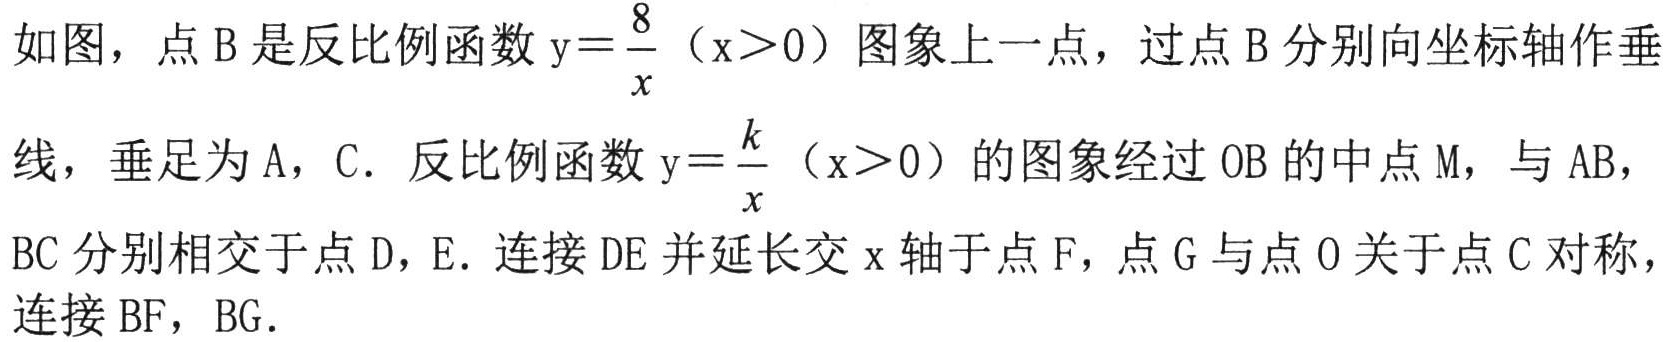
如图，点\(B\)是反比例函数\(y = \frac{8}{x}(x>0)\)图象上一点，过点\(B\)分别向坐标轴作垂
线，垂足为\(A\)，\(C\). 反比例函数\(y = \frac{k}{x}(x>0)\)的图象经过\(OB\)的中点\(M\)，与\(AB\)，
\(BC\)分别相交于点\(D\)，\(E\). 连接\(DE\)并延长交\(x\)轴于点\(F\)，点\(G\)与点\(O\)关于点\(C\)对称，
连接\(BF\)，\(BG\).